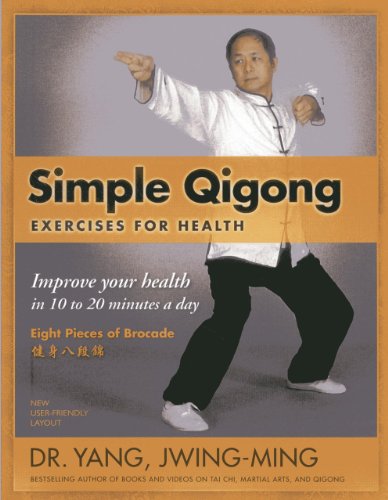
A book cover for Simple Qigong Exercises for Health: Improve Your Health in 10 to 20 Minutes a Day; Dr. Yang Jwing-Ming; Health, Fitness & Dieting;